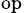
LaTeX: \mathrm{{_{op}}}